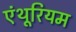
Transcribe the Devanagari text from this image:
एंथूरियम